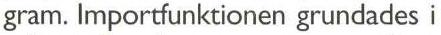
gram. Importfunktionen grundades i